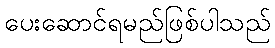
ပေးဆောင်ရမည်ဖြစ်ပါသည်